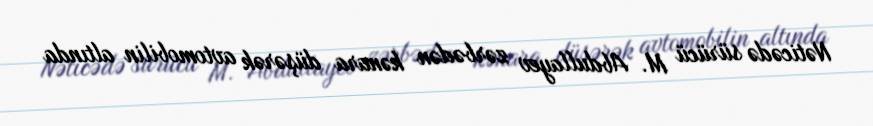
Nəticədə sürücü M. Abdullayev zərbədən kənara düşərək avtomobilin altında